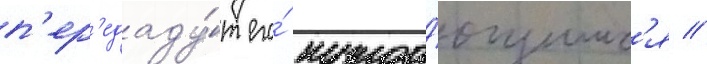
п'ер'едаду́т его́ нужда́ющимс'я //